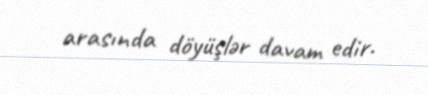
arasında döyüşlər davam edir.